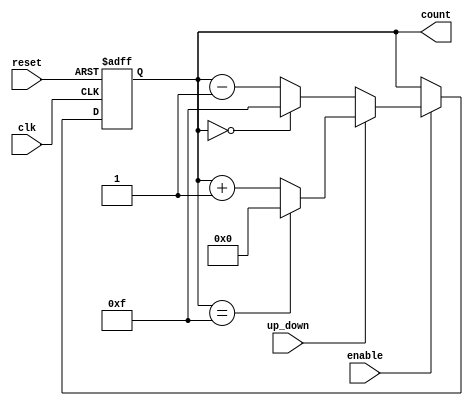
module UpDownCounter (
    input wire clk,          // Clock input
    input wire reset,        // Asynchronous reset
    input wire up_down,      // Count direction control
    input wire enable,       // Enable signal
    output reg [3:0] count   // Counter output (4-bit)
);

// Parameter for maximum count value
parameter MAX_COUNT = 4'b1111; // 15 for a 4-bit counter

// Asynchronous reset and synchronous counting
always @(posedge clk or posedge reset) begin
    if (reset) begin
        count <= 4'b0000; // Reset counter to 0
    end else if (enable) begin
        if (up_down) begin // Count Up
            if (count == MAX_COUNT) begin
                count <= 4'b0000; // Wrap around to 0
            end else begin
                count <= count + 1; // Increment the count
            end
        end else begin // Count Down
            if (count == 4'b0000) begin
                count <= MAX_COUNT; // Wrap around to MAX_COUNT
            end else begin
                count <= count - 1; // Decrement the count
            end
        end
    end
end

endmodule